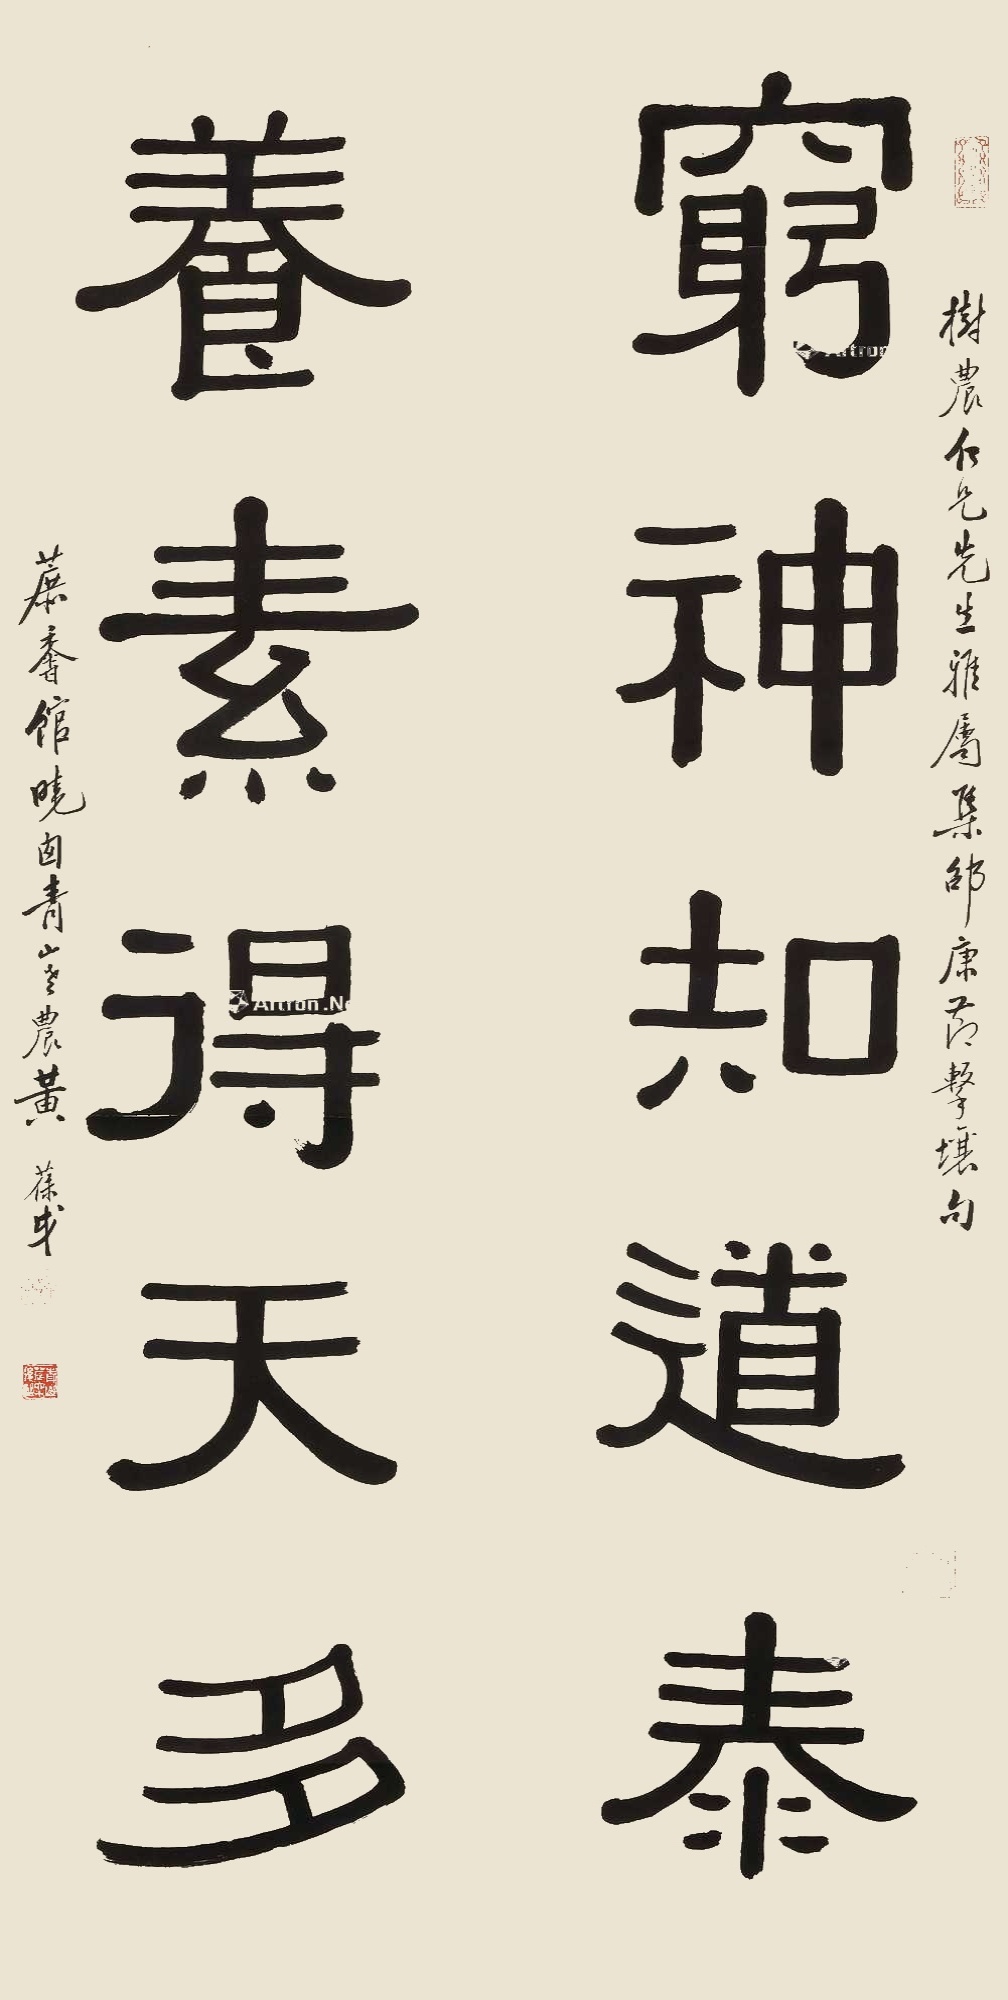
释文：穷神知道泰,养素得天多树农仁兄先生雅属,集邵康节击壤句,蔗香馆晓囱青山农黄葆戉